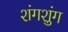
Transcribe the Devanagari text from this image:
शंगशुंग